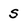
Character: S